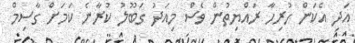
އަދި އެކަން ހުރިހާ ރައްޔިތުން ވެސް މިއަދު ގަބޫލު ކުރާނެ ކަމަށް ގާސިމް